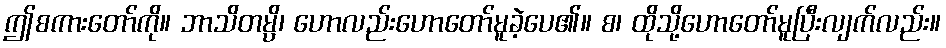
ဤစကားတော်ကို။ ဘာသိတမ္ပိ၊ ဟောလည်းဟောတော်မူခဲ့ပေ၏။ စ၊ ထိုသို့ဟောတော်မူပြီးလျက်လည်း။